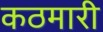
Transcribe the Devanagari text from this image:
कठमारी